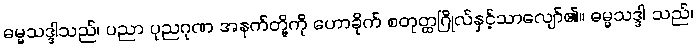
ဓမ္မသဒ္ဒါသည်၊ ပညာ ပုညဂုဏ အနက်တို့ကို ဟောခိုက် စတုတ္ထဂြိုလ်နှင့်သာလျော်၏။ ဓမ္မသဒ္ဒါ သည်၊